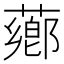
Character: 薌